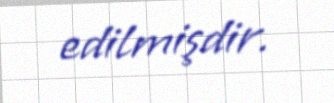
edilmişdir.